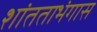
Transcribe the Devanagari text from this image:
शांतताभंगास